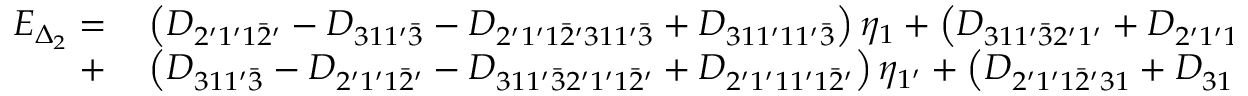
\begin{array} { r l } { E _ { \Delta _ { 2 } } = } & { { } \left( { { D _ { 2 ^ { \prime } 1 ^ { \prime } 1 \bar { 2 } ^ { \prime } } } - { D _ { 3 1 1 ^ { \prime } \bar { 3 } } } - { D _ { 2 ^ { \prime } 1 ^ { \prime } 1 \bar { 2 } ^ { \prime } 3 1 1 ^ { \prime } \bar { 3 } } } + { D _ { 3 1 1 ^ { \prime } 1 1 ^ { \prime } \bar { 3 } } } } \right) { \eta _ { 1 } } + \left( { { D _ { 3 1 1 ^ { \prime } \bar { 3 } 2 ^ { \prime } 1 ^ { \prime } } } + { D _ { 2 ^ { \prime } 1 ^ { \prime } 1 \bar { 2 } ^ { \prime } 3 } } - { D _ { 3 1 1 ^ { \prime } } } - { D _ { 2 ^ { \prime } 1 ^ { \prime } 1 1 ^ { \prime } } } } \right) { \eta _ { 2 } } } \\ { + } & { { } \left( { { D _ { 3 1 1 ^ { \prime } \bar { 3 } } } - { D _ { 2 ^ { \prime } 1 ^ { \prime } 1 \bar { 2 } ^ { \prime } } } - { D _ { 3 1 1 ^ { \prime } \bar { 3 } 2 ^ { \prime } 1 ^ { \prime } 1 \bar { 2 } ^ { \prime } } } + { D _ { 2 ^ { \prime } 1 ^ { \prime } 1 1 ^ { \prime } 1 \bar { 2 } ^ { \prime } } } } \right) { \eta _ { 1 ^ { \prime } } } + \left( { { D _ { 2 ^ { \prime } 1 ^ { \prime } 1 \bar { 2 } ^ { \prime } 3 1 } } + { D _ { 3 1 1 ^ { \prime } \bar { 3 } 2 ^ { \prime } } } - { D _ { 2 ^ { \prime } 1 ^ { \prime } 1 } } - { D _ { 3 1 1 ^ { \prime } 1 } } } \right) { \eta _ { 3 ^ { \prime } } } . } \end{array}